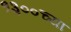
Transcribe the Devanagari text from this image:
१३००च्या